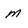
Character: m